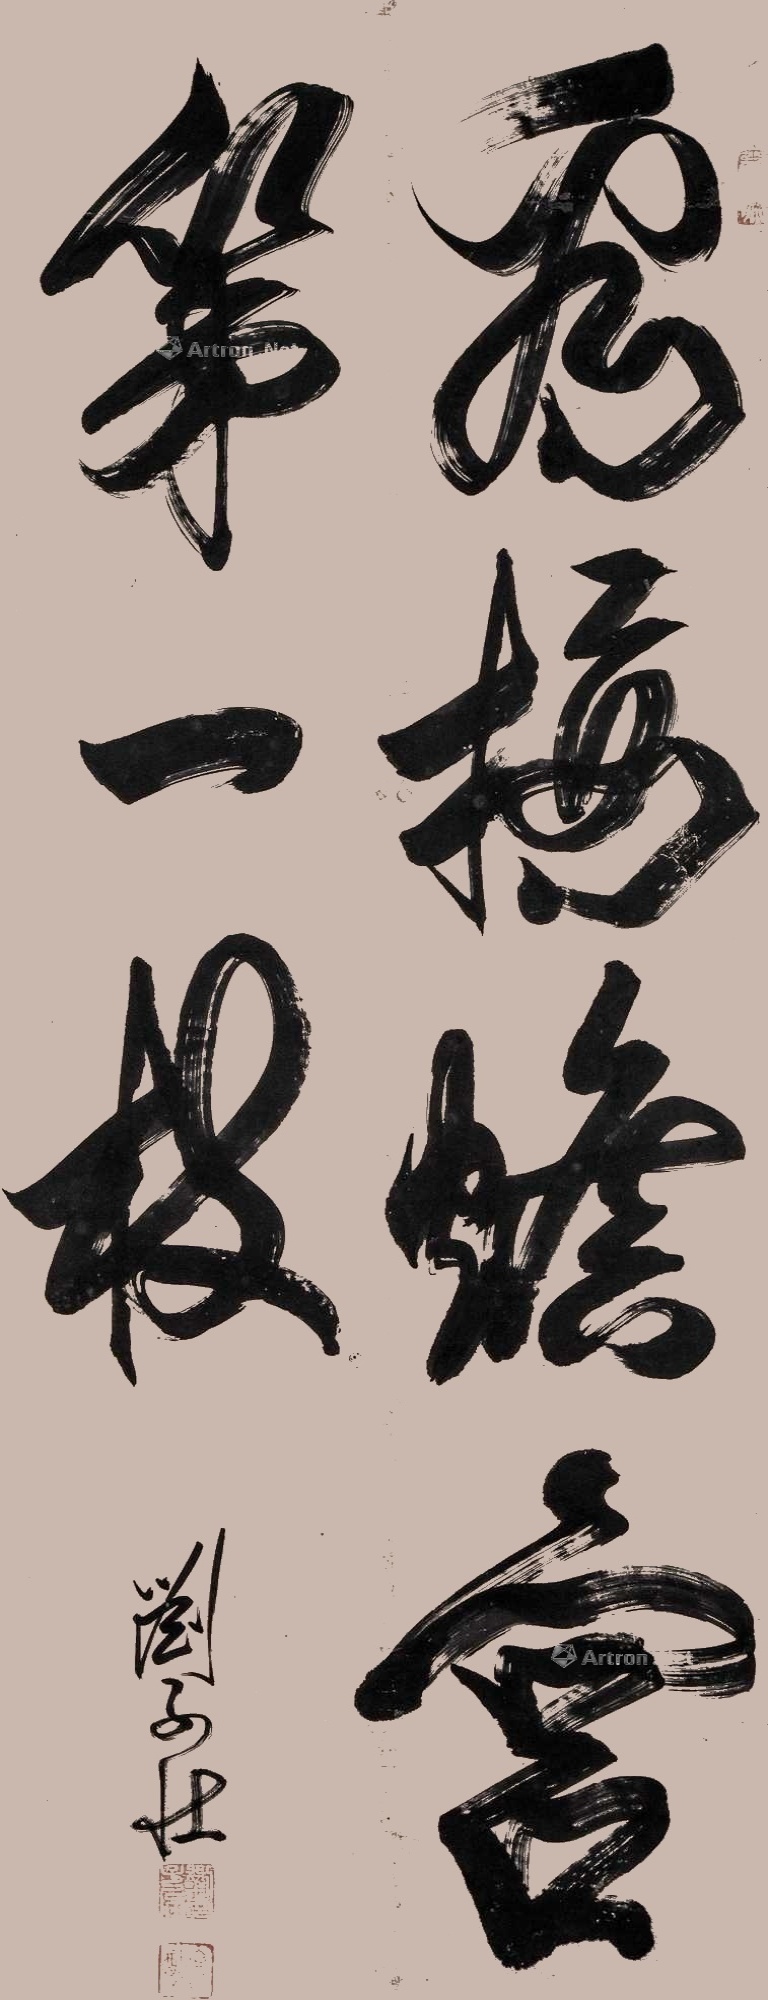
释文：看接蟾宫第一枝。刘子壮。